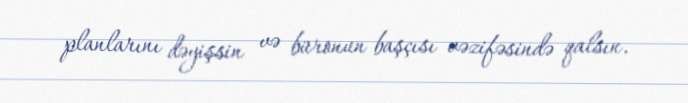
planlarını dəyişsin və büronun başçısı vəzifəsində qalsın.